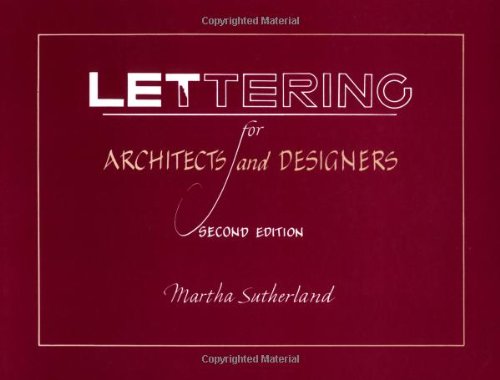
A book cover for Lettering for Architects and Designers, 2nd Edition; Martha Sutherland; Arts & Photography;